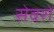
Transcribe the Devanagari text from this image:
सेवरों